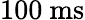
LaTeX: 100~\mathrm{{ms}}